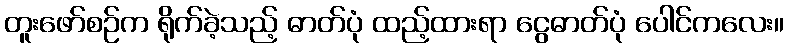
တူးဖော်စဉ်က ရိုက်ခဲ့သည့် ဓာတ်ပုံ ထည့်ထားရာ ငွေဓာတ်ပုံ ပေါင်ကလေး။